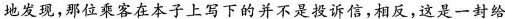
地发现，那位乘客在本子上写下的并不是投诉信，相反，这是一封给